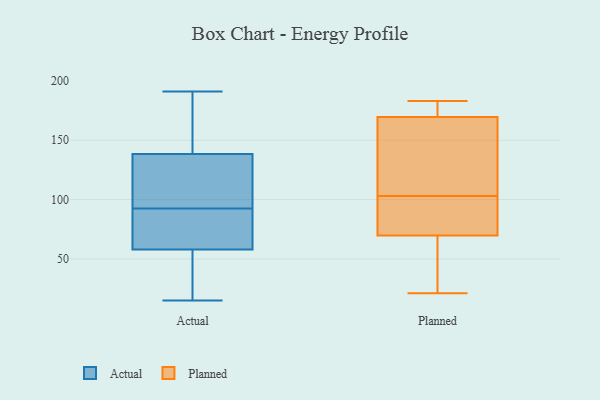
{"axis": {"x": "Net Income (USD K)", "y": "Value"}, "legend": ["Actual", "Planned"], "data": [{"x": "", "y": 81, "type": "Actual"}, {"x": "", "y": 142, "type": "Actual"}, {"x": "", "y": 89, "type": "Actual"}, {"x": "", "y": 122, "type": "Actual"}, {"x": "", "y": 171, "type": "Actual"}, {"x": "", "y": 135, "type": "Actual"}, {"x": "", "y": 53, "type": "Actual"}, {"x": "", "y": 15, "type": "Actual"}, {"x": "", "y": 96, "type": "Actual"}, {"x": "", "y": 100, "type": "Actual"}, {"x": "", "y": 54, "type": "Actual"}, {"x": "", "y": 162, "type": "Actual"}, {"x": "", "y": 19, "type": "Actual"}, {"x": "", "y": 89, "type": "Actual"}, {"x": "", "y": 191, "type": "Actual"}, {"x": "", "y": 62, "type": "Actual"}, {"x": "", "y": 130, "type": "Planned"}, {"x": "", "y": 153, "type": "Planned"}, {"x": "", "y": 58, "type": "Planned"}, {"x": "", "y": 175, "type": "Planned"}, {"x": "", "y": 84, "type": "Planned"}, {"x": "", "y": 103, "type": "Planned"}, {"x": "", "y": 183, "type": "Planned"}, {"x": "", "y": 21, "type": "Planned"}, {"x": "", "y": 94, "type": "Planned"}, {"x": "", "y": 65, "type": "Planned"}, {"x": "", "y": 178, "type": "Planned"}]}